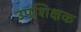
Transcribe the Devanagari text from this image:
उपशिक्षक